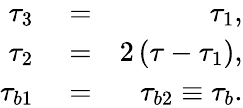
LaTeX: \begin{array}{rlr}{\tau_{3}}&{{}=}&{\tau_{1},}\\ {\tau_{2}}&{{}=}&{2\left(\tau-\tau_{1}\right),}\\ {\tau_{b1}}&{{}=}&{\tau_{b2}\equiv\tau_{b}.}\end{array}